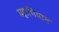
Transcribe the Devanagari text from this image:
महाभियान